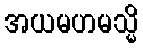
အယမဟမသ္မိ